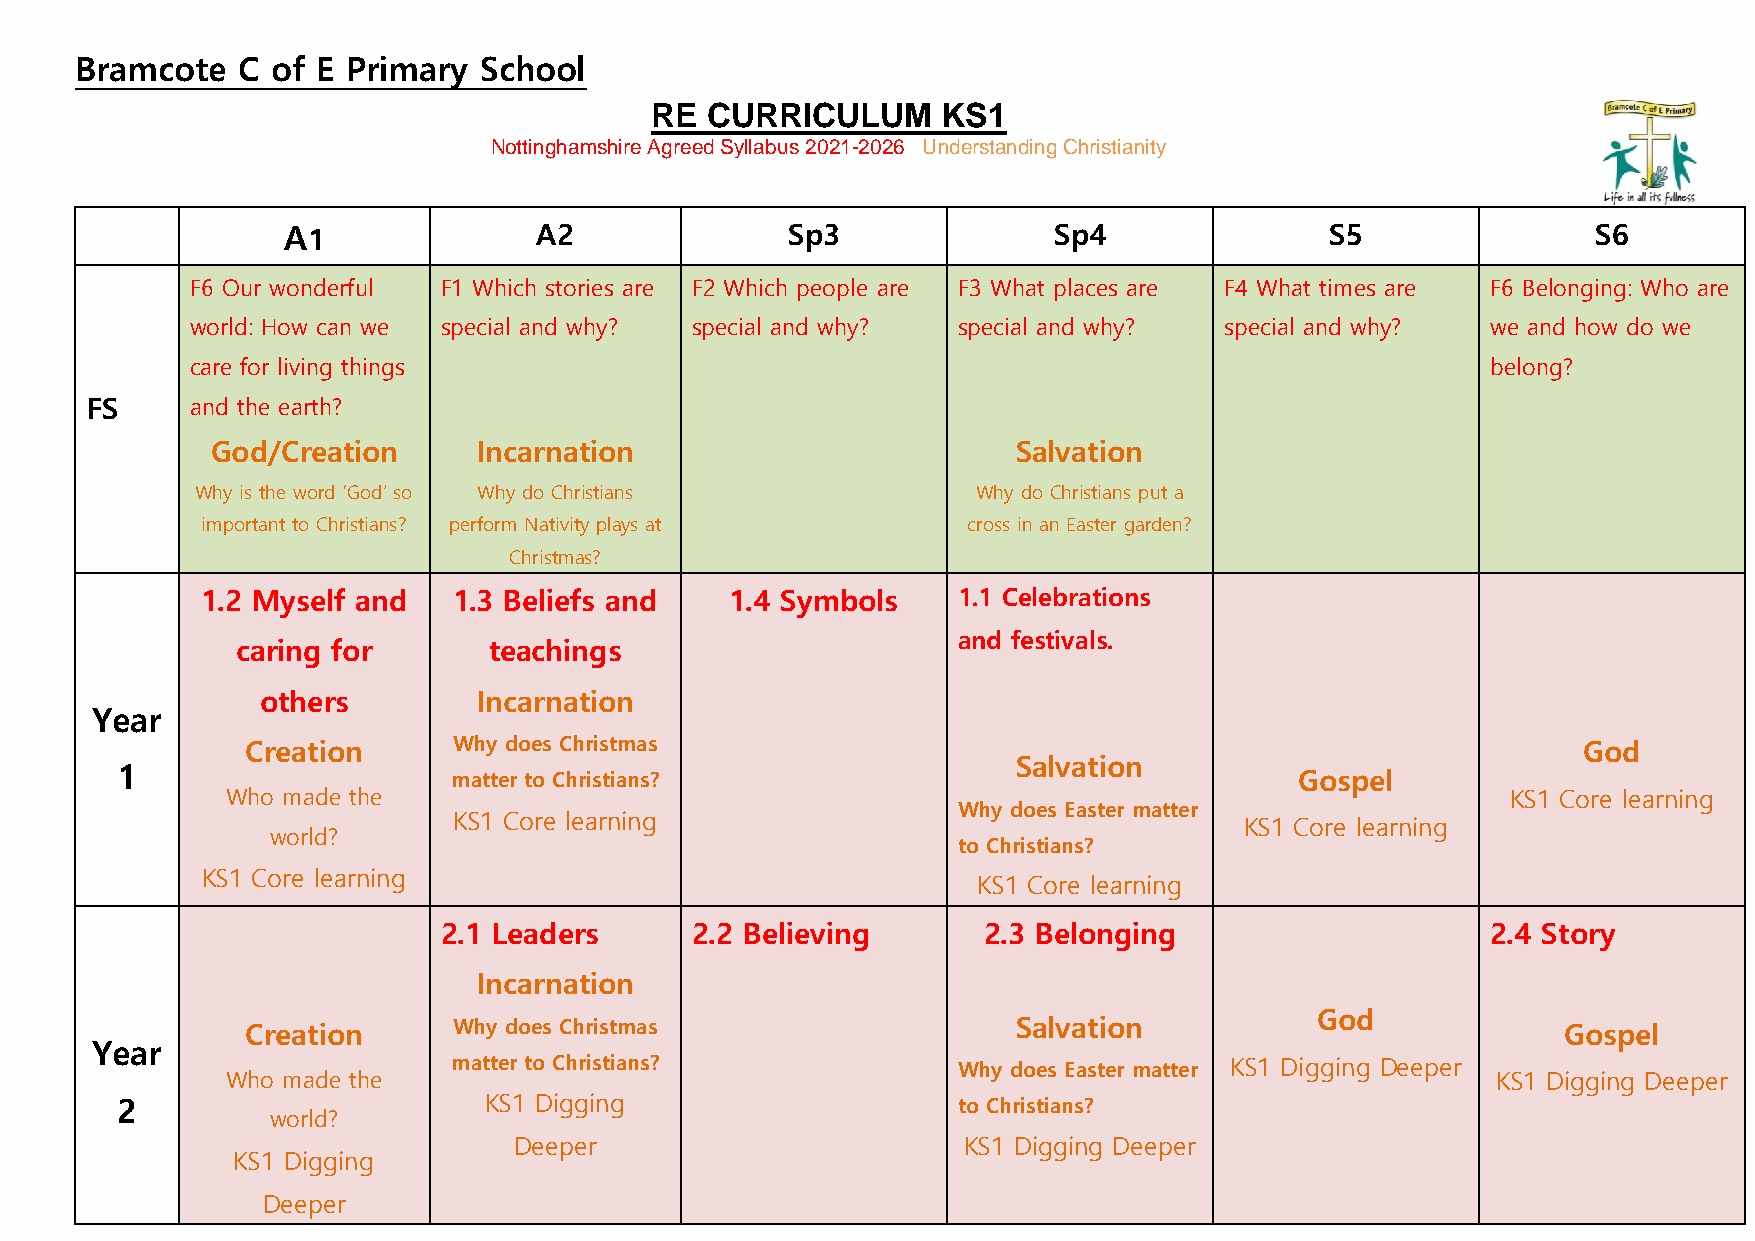
Bramcote   C of E Primary  School
 RE  CURRICULUM     KS1
 Nottinghamshire Agreed Syllabus 2021-2026 Understanding Christianity
 A1              A2               Sp3               Sp4               S5                S6
 F6 Our wonderful F1 Which stories are F2 Which people are F3 What places are F4 What times are F6 Belonging: Who are
 world: How can we special and why? special and why? special and why? special and why? we and how do we
 care for living things                                                                belong?
 FS     and the earth?
 God/Creation      Incarnation                        Salvation
 Why is the word ‘God’ so Why do Christians          Why do Christians put a
 important to Christians? perform Nativity plays at cross in an Easter garden?
 Christmas?
 1.2 Myself and   1.3 Beliefs and   1.4 Symbols    1.1 Celebrations
 and festivals.
 caring for      teachings
 others         Incarnation
 Year
 Creation      Why does Christmas                                                         God
 Salvation
 1                     matter to Christians?                                   Gospel
 Who made the                                                                         KS1 Core learning
 Why does Easter matter
 KS1 Core learning
 KS1 Core learning
 world?
 to Christians?
 KS1 Core learning
 KS1 Core learning
 2.1 Leaders      2.2 Believing      2.3 Belonging                     2.4 Story
 Incarnation
 God
 Creation      Why does Christmas                   Salvation                            Gospel
 Year
 matter to Christians?            Why does Easter matter KS1 Digging Deeper
 Who made the                                                                        KS1 Digging Deeper
 2                       KS1 Digging                    to Christians?
 world?
 Deeper                        KS1 Digging Deeper
 KS1 Digging
 Deeper